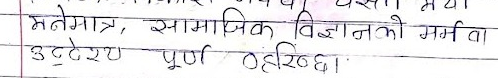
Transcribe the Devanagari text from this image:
मनोमात्र, सामाजिक विज्ञानको मर्म वा
उद्देश्य पूर्ण रहिन्छ।